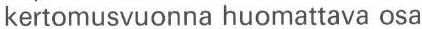
kertomusvuonna huomattava osa